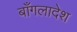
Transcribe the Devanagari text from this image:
बाँगलादेश